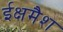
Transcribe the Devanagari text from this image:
ईक्षमैश